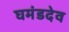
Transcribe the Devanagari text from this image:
घमंडदेव